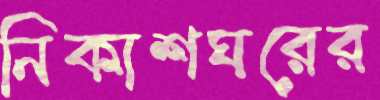
নিকাশঘরের